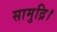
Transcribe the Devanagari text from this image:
सामुद्रि।